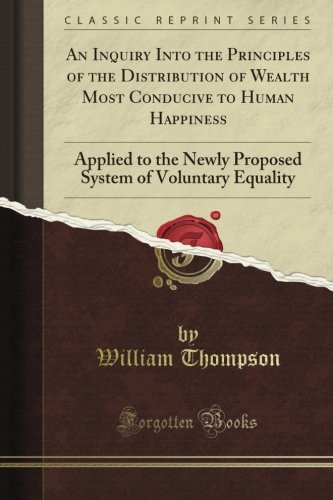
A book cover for An Inquiry Into the Principles of the Distribution of Wealth Most Conducive to Human Happiness: Applied to the Newly Proposed System of Voluntary Equality (Classic Reprint); William Thompson; Business & Money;